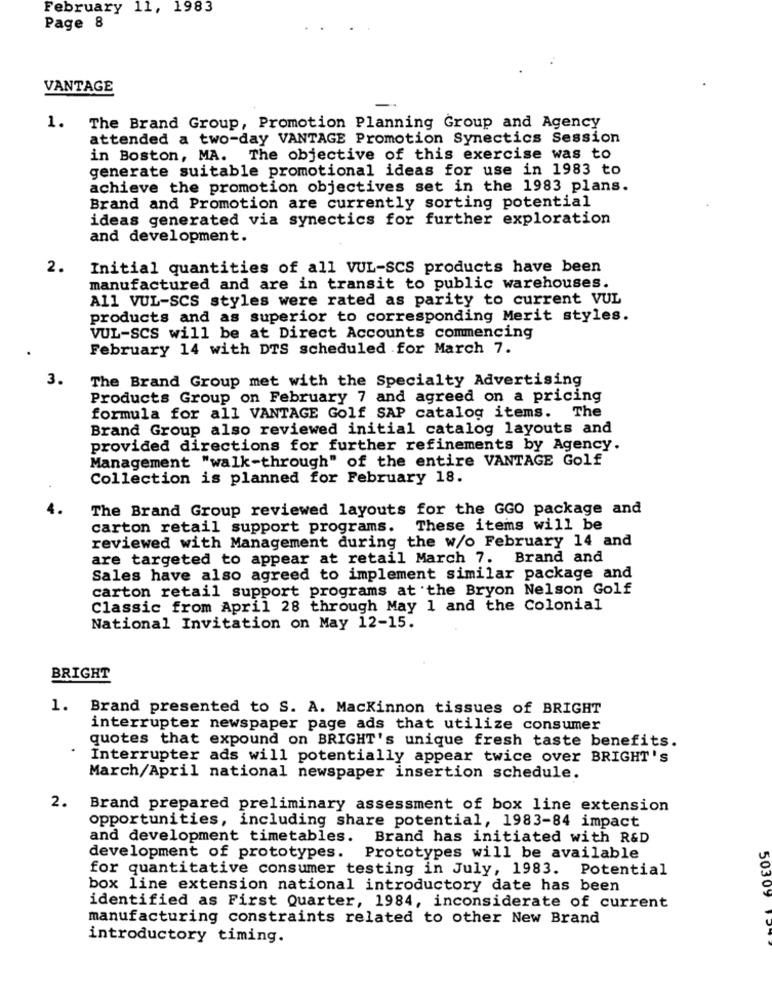
February 11, 1983
Page 8
VANTAGE
1. The Brand Group, Promotion Planning Group and Agency
attended a two-day VANTAGE Promotion Synectics Session
in Boston, MA. The objective of this exercise was to
generate suitable promotional ideas for use in 1983 to
achieve the promotion objectives set in the 1983 plans.
Brand and Promotion are currently sorting potential
ideas generated via synectics for further exploration
and development.
2.
Initial quantities of all VUL-SCS products have been
manufactured and are in transit to public warehouses.
All VUL-SCS styles were rated as parity to current VUL
products and as superior to corresponding Merit styles.
VUL-SCS will be at Direct Accounts commencing
February 14 with DTS scheduled for March 7.
3.
The Brand Group met with the Specialty Advertising
Products Group on February 7 and agreed on a pricing
formula for all VANTAGE Golf SAP catalog items. The
Brand Group also reviewed initial catalog layouts and
provided directions for further refinements by Agency.
Management "walk-through" of the entire VANTAGE Golf
Collection is planned for February 18.
The Brand Group reviewed layouts for the GGO package and
carton retail support programs.
These items will be
reviewed with Management during the w/o February 14 and
are targeted to appear at retail March 7. Brand and
Sales have also agreed to implement similar package and
carton retail support programs at the Bryon Nelson Golf
Classic from April 28 through May 1 and the Colonial
National Invitation on May 12-15.
BRIGHT
1.
Brand presented to S. A. Mackinnon tissues of BRIGHT
interrupter newspaper page ads that utilize consumer
quotes that expound on BRIGHT's unique fresh taste benefits.
Interrupter ads will potentially appear twice over BRIGHT's
March/April national newspaper insertion schedule.
2.
Brand prepared preliminary assessment of box line extension
opportunities, including share potential, 1983-84 impact
and development timetables. Brand has initiated with R&D
development of prototypes.
Prototypes will be available
for quantitative consumer testing in July, 1983. Potential
box line extension national introductory date has been
50309
identified as First Quarter, 1984, inconsiderate of current
manufacturing constraints related to other New Brand
introductory timing.